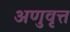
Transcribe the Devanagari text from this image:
अणुवृत्त